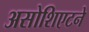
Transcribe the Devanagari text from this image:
असोशिएटने